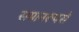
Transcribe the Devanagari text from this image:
समानरूपसे